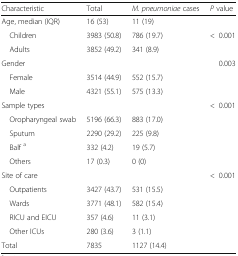
| Characteristic | Total | M. pneumoniae cases | P value |
 | --- | --- | --- | --- |
 | Age, median (IQR) | 16 (53) | 11 (19) |  |
 | Children | 3983 (50.8) | 786 (19.7) | <ROWSPAN=2> <0.001 |
 | Adults | 3852 (49.2) | 341 (8.9) |
 | Gender |  |  | 0.003 |
 | Female | 3514 (44.9) | 552 (15.7) |  |
 | Male | 4321 (55.1) | 575 (13.3) |  |
 | Sample types |  |  | <0.001 |
 | Oropharyngeal swab | 5196 (66.3) | 883 (17.0) |  |
 | Sputum | 2290 (29.2) | 225 (9.8) |  |
 | Balf a | 332 (4.2) | 19 (5.7) |  |
 | Others | 17 (0.3) | 0 (0) |  |
 | Site of care |  |  | <0.001 |
 | Outpatients | 3427 (43.7) | 531 (15.5) |  |
 | Wards | 3771 (48.1) | 582 (15.4) |  |
 | RICU and EICU | 357 (4.6) | 11 (3.1) |  |
 | Other ICUs | 280 (3.6) | 3 (1.1) |  |
 | Total | 7835 | 1127 (14.4) |  |